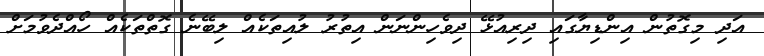
އަދި މިގޮތުން އިންޑިޔާގައި ދިރިއުޅޭ ދިވެހިންނަން އިތުރު ލުއިތަކެއް ލިބޭނެ ގޮތްތަކެއް ހޯއްދެވުމަށް